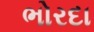
ભોરદા